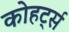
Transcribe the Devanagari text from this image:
कोहर्ट्स